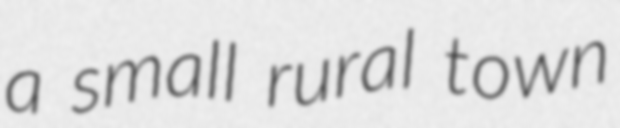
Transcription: a small rural town